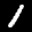
Label: 1